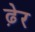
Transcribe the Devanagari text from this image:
ढे़र